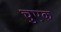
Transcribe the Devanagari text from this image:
चुएक